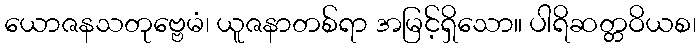
ယောဇနသတုဗ္ဗေမံ၊ ယူဇနာတစ်ရာ အမြင့်ရှိသော။ ပါရိဆတ္တဝိယစ၊